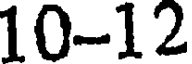
10-12